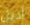
أديل